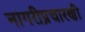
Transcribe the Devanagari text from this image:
नागरीप्रचारणी